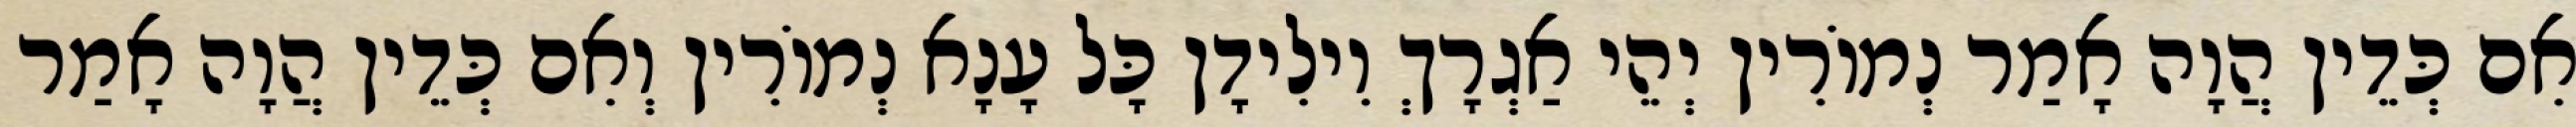
אִם כְּדֵין הֲוָה אָמַר נְמוֹרִין יְהֵי אַגְרָךְ וִילִידָן כָּל עָנָא נְמוֹרִין וְאִם כְּדֵין הֲוָה אָמַר